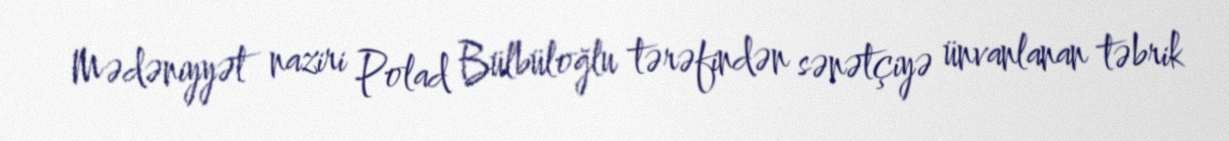
Mədəniyyət naziri Polad Bülbüloğlu tərəfindən sənətçiyə ünvanlanan təbrik